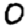
Digit: 0